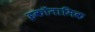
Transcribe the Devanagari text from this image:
इकॉनामिक